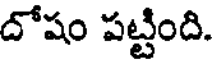
దోషం పట్టింది.